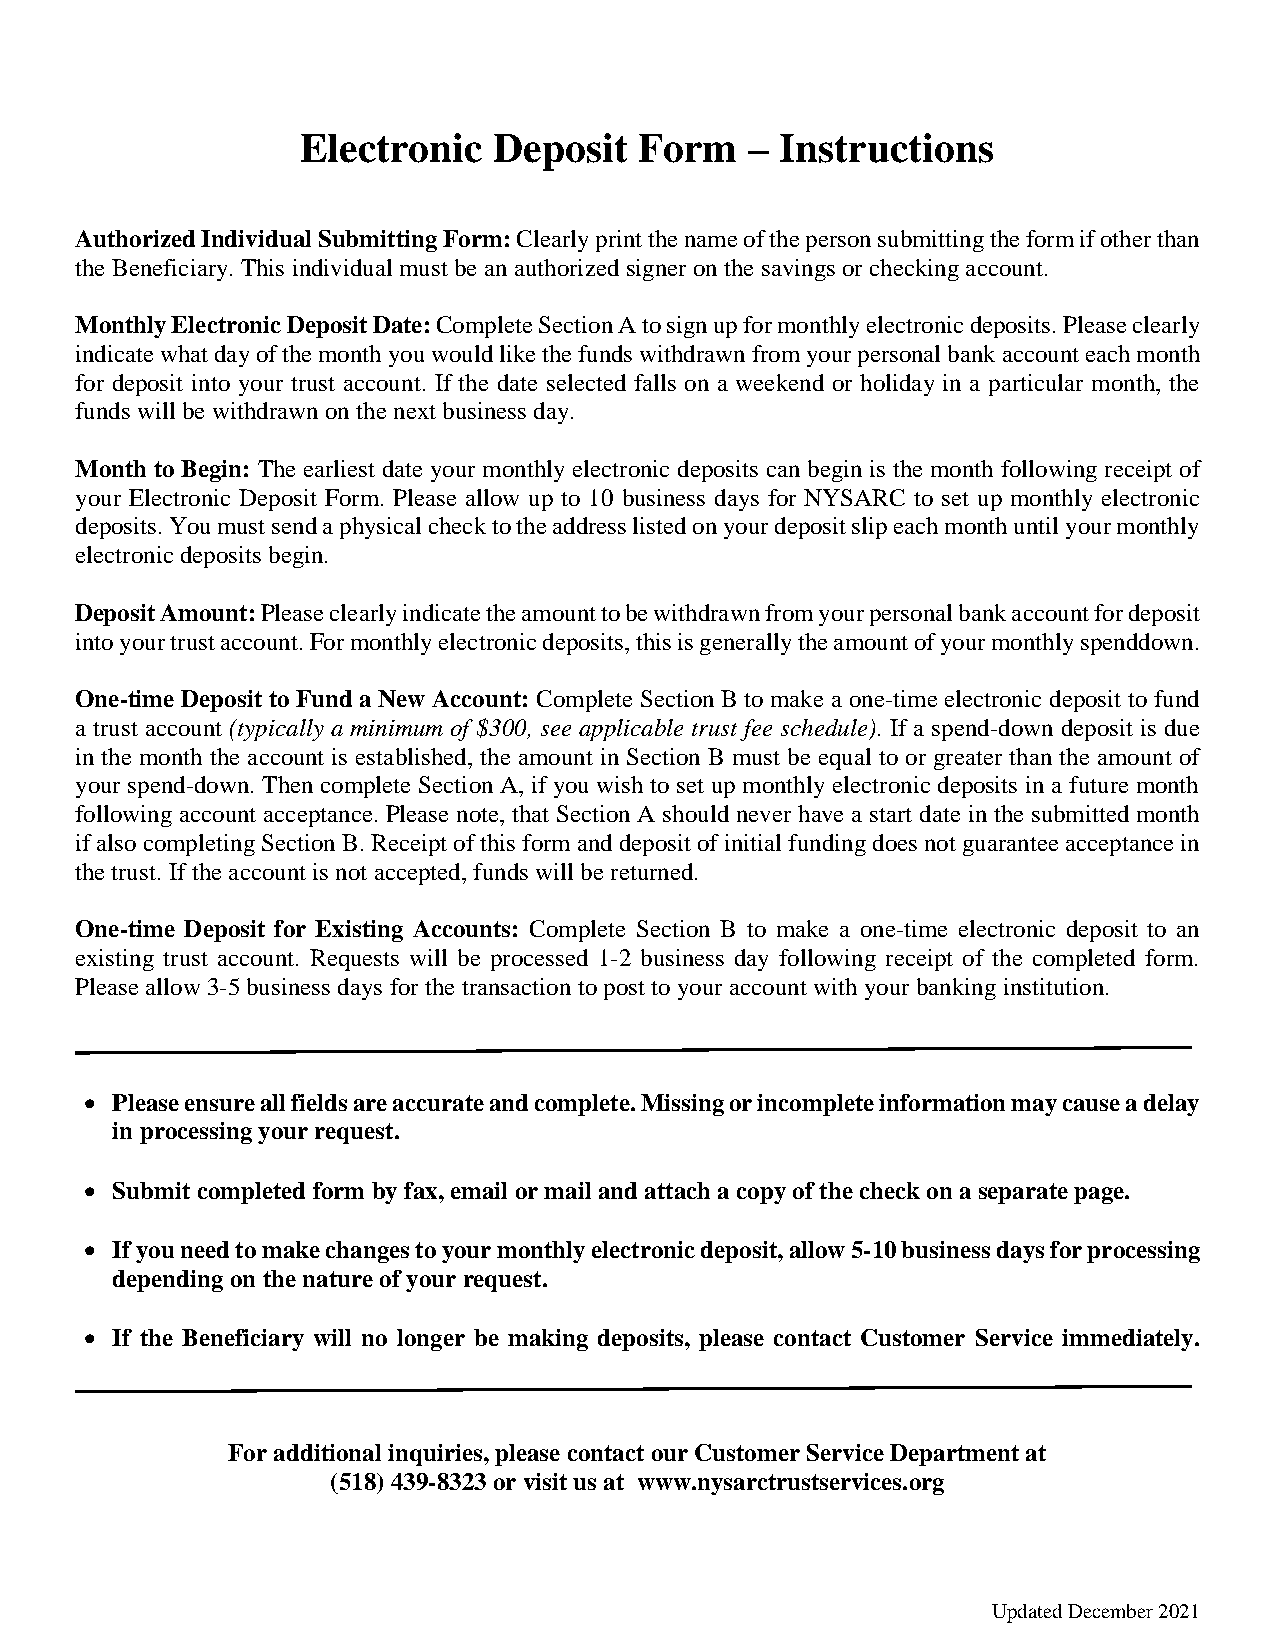
Electronic   Deposit  Form    – Instructions
 Authorized Individual Submitting Form: Clearly print the name of the person submitting the form if other than
 the Beneficiary. This individual must be an authorized signer on the savings or checking account.
 Monthly Electronic Deposit Date: Complete Section A to sign up for monthly electronic deposits. Please clearly
 indicate what day of the month you would like the funds withdrawn from your personal bank account each month
 for deposit into your trust account. If the date selected falls on a weekend or holiday in a particular month, the
 funds will be withdrawn on the next business day.
 Month to Begin: The earliest date your monthly electronic deposits can begin is the month following receipt of
 your Electronic Deposit Form. Please allow up to 10 business days for NYSARC to set up monthly electronic
 deposits. You must send a physical check to the address listed on your deposit slip each month until your monthly
 electronic deposits begin.
 Deposit Amount: Please clearly indicate the amount to be withdrawn from your personal bank account for deposit
 into your trust account. For monthly electronic deposits, this is generally the amount of your monthly spenddown.
 One-time Deposit to Fund a New Account: Complete Section B to make a one-time electronic deposit to fund
 a trust account (typically a minimum of $300, see applicable trust fee schedule). If a spend-down deposit is due
 in the month the account is established, the amount in Section B must be equal to or greater than the amount of
 your spend-down. Then complete Section A, if you wish to set up monthly electronic deposits in a future month
 following account acceptance. Please note, that Section A should never have a start date in the submitted month
 if also completing Section B. Receipt of this form and deposit of initial funding does not guarantee acceptance in
 the trust. If the account is not accepted, funds will be returned.
 One-time Deposit for Existing Accounts: Complete Section B to make a one-time electronic deposit to an
 existing trust account. Requests will be processed 1-2 business day following receipt of the completed form.
 Please allow 3-5 business days for the transaction to post to your account with your banking institution.
  Please ensure all fields are accurate and complete. Missing or incomplete information may cause a delay
 in processing your request.
  Submit completed form by fax, email or mail and attach a copy of the check on a separate page.
  If you need to make changes to your monthly electronic deposit, allow 5-10 business days for processing
 depending on the nature of your request.
  If the Beneficiary will no longer be making deposits, please contact Customer Service immediately.
 For additional inquiries, please contact our Customer Service Department at
 (518) 439-8323 or visit us at www.nysarctrustservices.org
 Updated December 2021